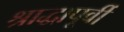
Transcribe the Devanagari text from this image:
श्राद्धापूर्वी